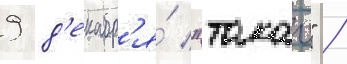
9 д'екабр'я́ "такао" /